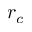
r _ { c }